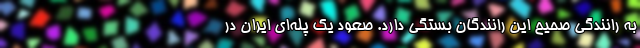
به رانندگی صحیح این رانندگان بستگی دارد. صعود یک‌ پله‌ای ایران در